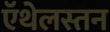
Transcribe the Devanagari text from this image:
ऍथेलस्तन